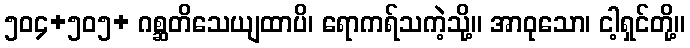
၅၀၄+၅၀၅+ ဂစ္ဆတိသေယျထာပိ၊ ရောကရ်သကဲ့သို့။ အာဝုသော၊ ငါ့ရှင်တို့။